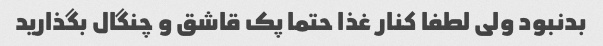
بدنبود ولی لطفا کنار غذا حتما پک قاشق و چنگال بگذارید